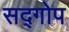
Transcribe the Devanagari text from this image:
सद्गोप